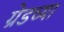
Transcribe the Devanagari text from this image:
ग्रेडच्या